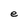
Character: e